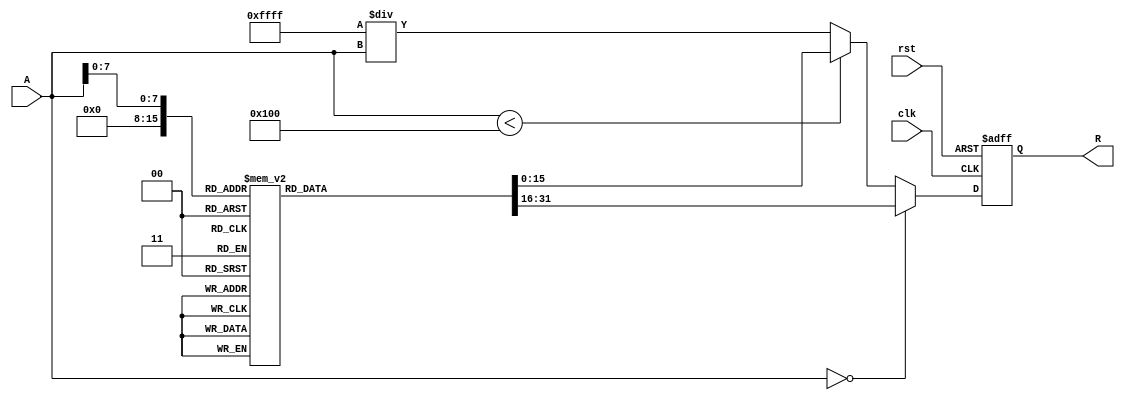
module ApproximateReciprocal (
    input wire [15:0] A,    // Input value (16-bit fixed-point)
    output reg [15:0] R,     // Approximate reciprocal (16-bit fixed-point)
    input wire clk,          // Clock signal
    input wire rst           // Reset signal
);

    // Lookup table for approximate reciprocals (example values)
    reg [15:0] lut [0:255];  // LUT for values 0 to 255
    initial begin
        // Initialize the LUT with approximate reciprocal values
        // These values should be precomputed for the range of inputs
        lut[0] = 16'hFFFF; // Handle division by zero case
        lut[1] = 16'h8000; // Approximate 1/1
        lut[2] = 16'h4000; // Approximate 1/2
        lut[3] = 16'h5555; // Approximate 1/3
        // Continue filling the LUT with appropriate values...
        // For example:
        lut[4] = 16'h4000; // Approximate 1/4
        lut[5] = 16'h3333; // Approximate 1/5
        // ... (fill in more values as needed)
        lut[255] = 16'h0001; // Approximate 1/255
    end

    always @(posedge clk or posedge rst) begin
        if (rst) begin
            R <= 16'h0000; // Reset output
        end else begin
            if (A == 16'h0000) begin
                R <= lut[0]; // Handle division by zero
            end else if (A < 256) begin
                R <= lut[A]; // Use LUT for values in range
            end else begin
                // For values outside the LUT range, use a simple polynomial approximation
                // Here we use a simple 1/x approximation for demonstration
                // This is a naive implementation and can be replaced with a more complex method
                R <= 16'hFFFF / A; // Simple reciprocal approximation
            end
        end
    end

endmodule